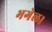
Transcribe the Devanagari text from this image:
भगेल।